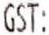
GST: